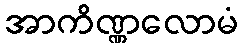
အာကိဏ္ဏလောမံ